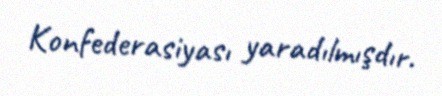
Konfederasiyası yaradılmışdır.